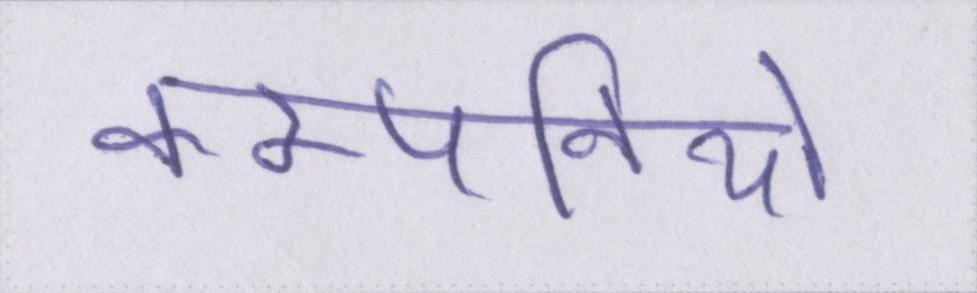
कम्पनियों